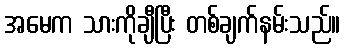
အမေက သားကိုချီပြီး တစ်ချက်နမ်းသည်။